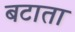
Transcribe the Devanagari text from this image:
बटाता